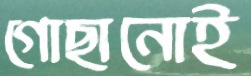
গোছানোই